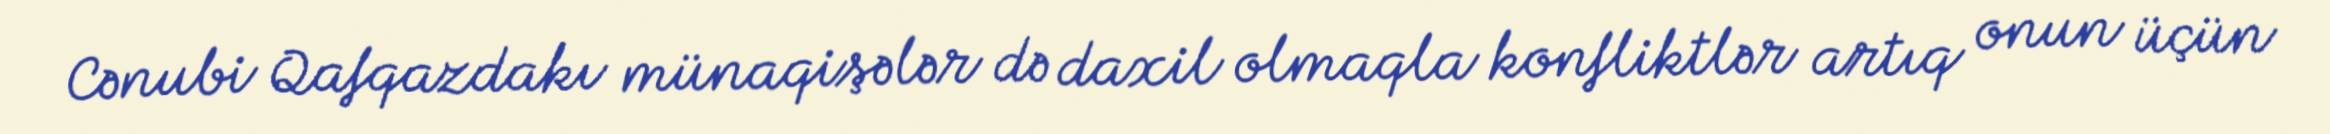
Cənubi Qafqazdakı münaqişələr də daxil olmaqla konfliktlər artıq onun üçün